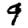
Digit: 9